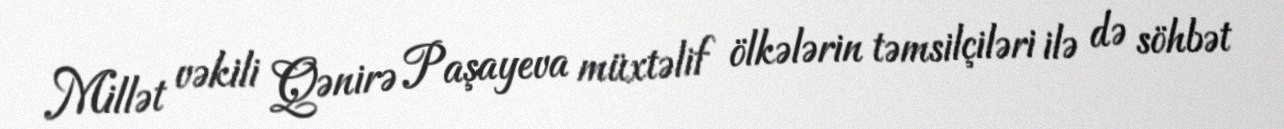
Millət vəkili Qənirə Paşayeva müxtəlif ölkələrin təmsilçiləri ilə də söhbət